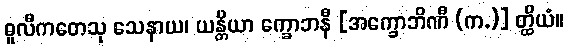
ဓူလီကတေသု သေနာယ၊ ယန္တိယာ က္ခောဘနီ [အက္ခောဘိဏီ (က.)] တ္ထိယံ။